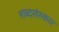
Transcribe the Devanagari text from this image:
शब्दसंस्कार